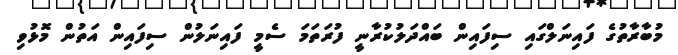
މުބާރާތުގެ ފައިނަލްގައި ސިފައިން ބައްދަލުކުރާނީ ފުރަތަމަ ސެމީ ފައިނަލުން ސިފައިން އަތުން މޮޅުވި